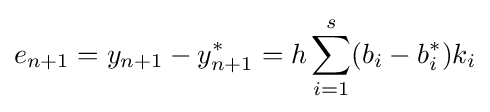
e_{n+1}=y_{n+1}-y_{n+1}^{*}=h\sum _{i=1}^{s}(b_{i}-b_{i}^{*})k_{i}